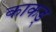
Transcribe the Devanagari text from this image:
काकड्